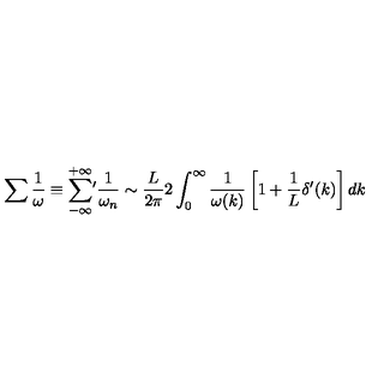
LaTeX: \sum \frac { 1 } { \omega } \equiv \sum _ { - \infty } ^ { + \infty } \! ^ { \prime } \frac { 1 } { \omega _ { n } } \sim \frac { L } { 2 \pi } 2 \int _ { 0 } ^ { \infty } \frac { 1 } { \omega ( k ) } \left[ 1 + \frac { 1 } { L } \delta ^ { \prime } ( k ) \right] d k